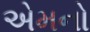
એમનો